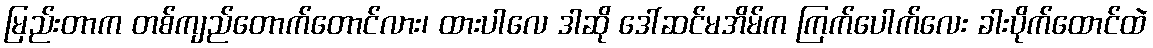
မြည်းတာက တစ်ကျည်တောက်တောင်လား၊ ထားပါလေ ဒါဆို ဒေါ်ဆင်မအိမ်က ကြက်ပေါက်လေး ခါးပိုက်ထောင်ထဲ